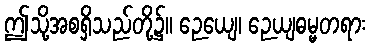
ဤသို့အစရှိသည်တို့၌။ ဉေယျေ၊ ဉေယျဓမ္မတရား